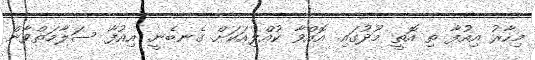
މިހާރު އިއުފާ ތި އޮތީ މޫދުގައި. އޮއްވާ ކުއްލިއަކަށް ގެނބެނީ. އިއުފާ ސަލާމަތްވާން